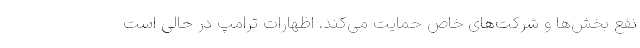
نفع بخش‌ها و شرکت‌های خاص حمایت می‌کند. اظهارات ترامپ در حالی است